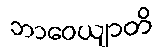
ဘာဝေယျာတိ